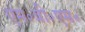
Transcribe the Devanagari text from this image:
एम॰बी॰एम॰